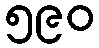
၅၉၀